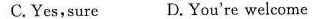
C. Yes,sure D.You're welcome